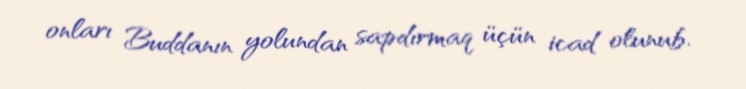
onları Buddanın yolundan sapdırmaq üçün icad olunub.